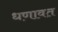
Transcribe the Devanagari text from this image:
धणावत